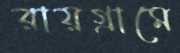
রায়গ্রামে